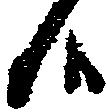
候